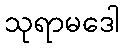
သုရာမဒေါ